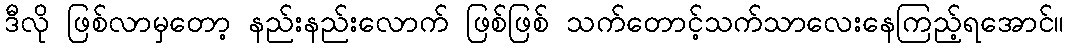
ဒီလို ဖြစ်လာမှတော့ နည်းနည်းလောက် ဖြစ်ဖြစ် သက်တောင့်သက်သာလေးနေကြည့်ရအောင်။